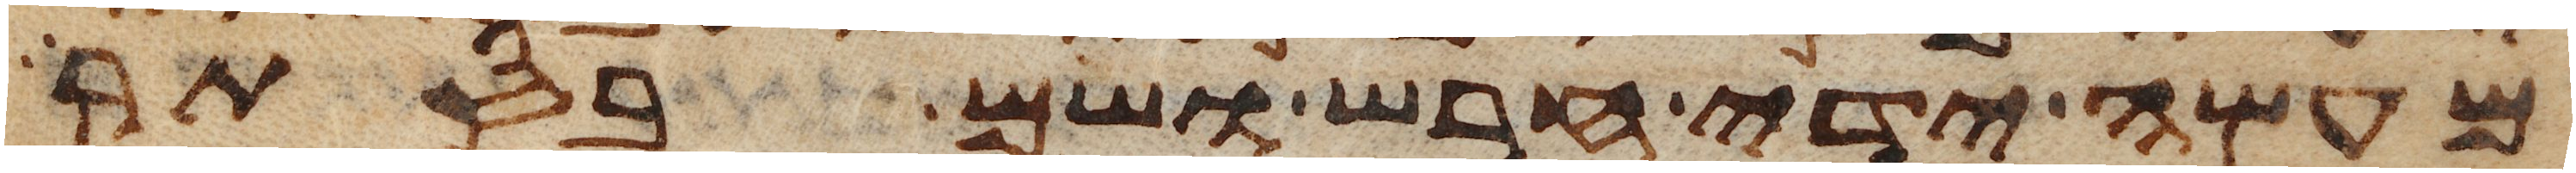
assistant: מעשה ידי חרש ושם בסתר